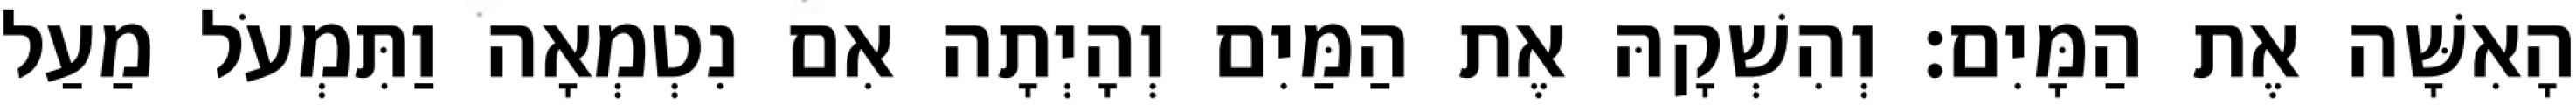
הָאִשָּׁה אֶת הַמָּיִם׃ וְהִשְׁקָהּ אֶת הַמַּיִם וְהָיְתָה אִם נִטְמְאָה וַתִּמְעֹל מַעַל